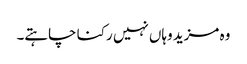
وہ مزید وہاں نہیں رکنا چاہتے۔